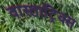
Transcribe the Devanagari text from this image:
वास्ताट्रिक्स